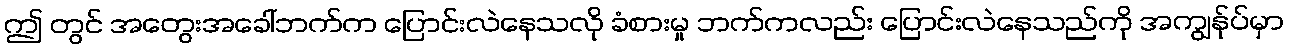
ဤ တွင် အတွေးအခေါ်ဘက်က ပြောင်းလဲနေသလို ခံစားမှု ဘက်ကလည်း ပြောင်းလဲနေသည်ကို အကျွန်ုပ်မှာ